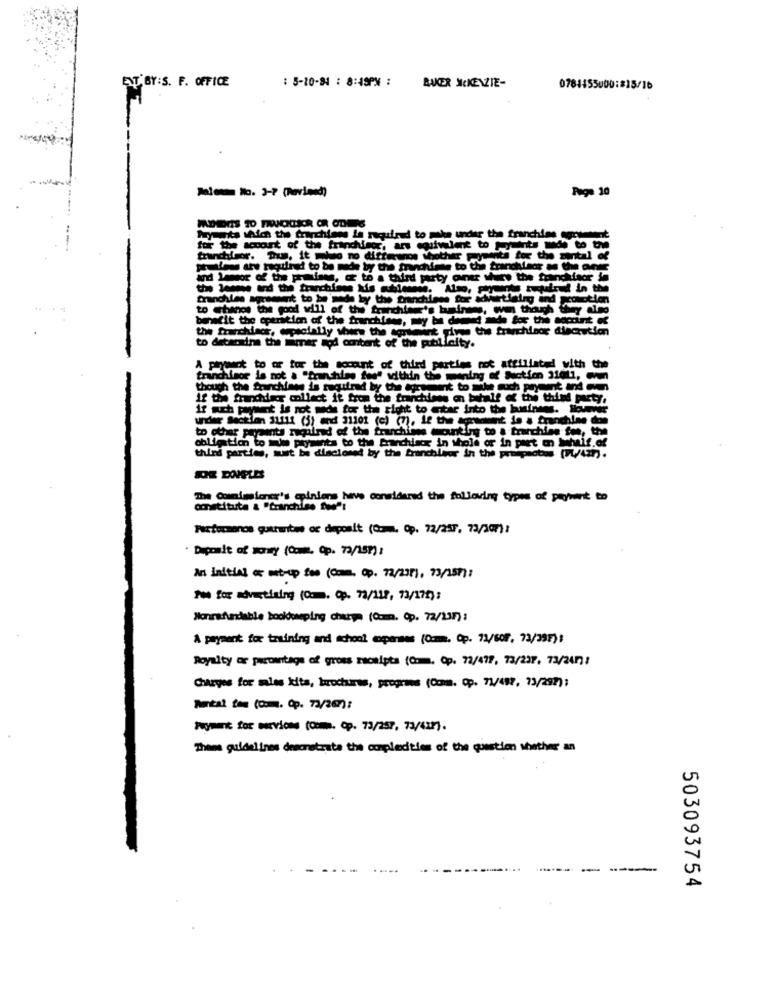
ENT BY:S. F. OFFICE
: 5-10-34 : 8:49PM : BAKER MCKENZIE-
0784455000:#15/16
Paige 10
Payments which the fraychiens is required to make under the franchise ogistent
for the accont of the frinding, an ofwine to -- - to the
franchisor. True, it mluo no difference shother
fits for the mental of
sulans are required to be made by the franchime to the franchisor as Une a
wor of the pradines, or to a third party oner sure the franchisor in
the Temw erd the franchiene dis chissene. Also, payent tupared in the
les agreement to be made by the granchiens for advart
cie sowietlaing and promotion
benefit the operation of the franchisne, may be demud mode for the account of
in the franchisor discution
to detanaine the imer mod content of the ptillaity.
archiacr, especially when the content fire
A Pywant to or for the socount of third parties not affiliated with the
undMinor is not a "franchise fee" within the meaning of Section 31011, wv
though the franchises is required by the agreement to make such payer
if the franchir collect it from the trainchiens on behalf of the third party,
if wch payment is not made for the right to mitar into the business. low
Section 31111 (3) and 31101 (c) (3). if the Comment do a franchine dos
to other payments rugalrad of the franchises wanting to a tranchiss fon, the
obligation to mim prywants to the franchisor in whole or in part on behalf.of
third parties, must be disclosed by the franchisor in the prospects (42) .
JDE DORLES
The Comimeloney's opinions have considered the following types of payment to
constitute & "branchies fw":
Factormonos guurwitwe oc deposit (Com. Op. 72/257, 73/2(7):
· Dipmale of worry (Com, Op. 73/157) :
An initial or met-up Son (Com. Op. 72/231), 73/257) :
Pom for advertising (Cm. Op. 73/118, 73/175) :
Honrefundable bookkeeping charge (0cm. Op. 12/2017 :
A payment for training and school expenses (Com. Op. 71/60F, 73/397) :
Royalty or paroitags of gross receipts (Com, Op. 72/479, 73/237. 73/24/7:
charges for miles kits, brochures, programe (Com. op. 11/487, 13/282) ;
Metal the (com. @p. 73/267):
payment for ourvions (Com. Cp. 73/257, 73/43) .
Theme guidelines demonstrate the complecities of the question whether an
503093754